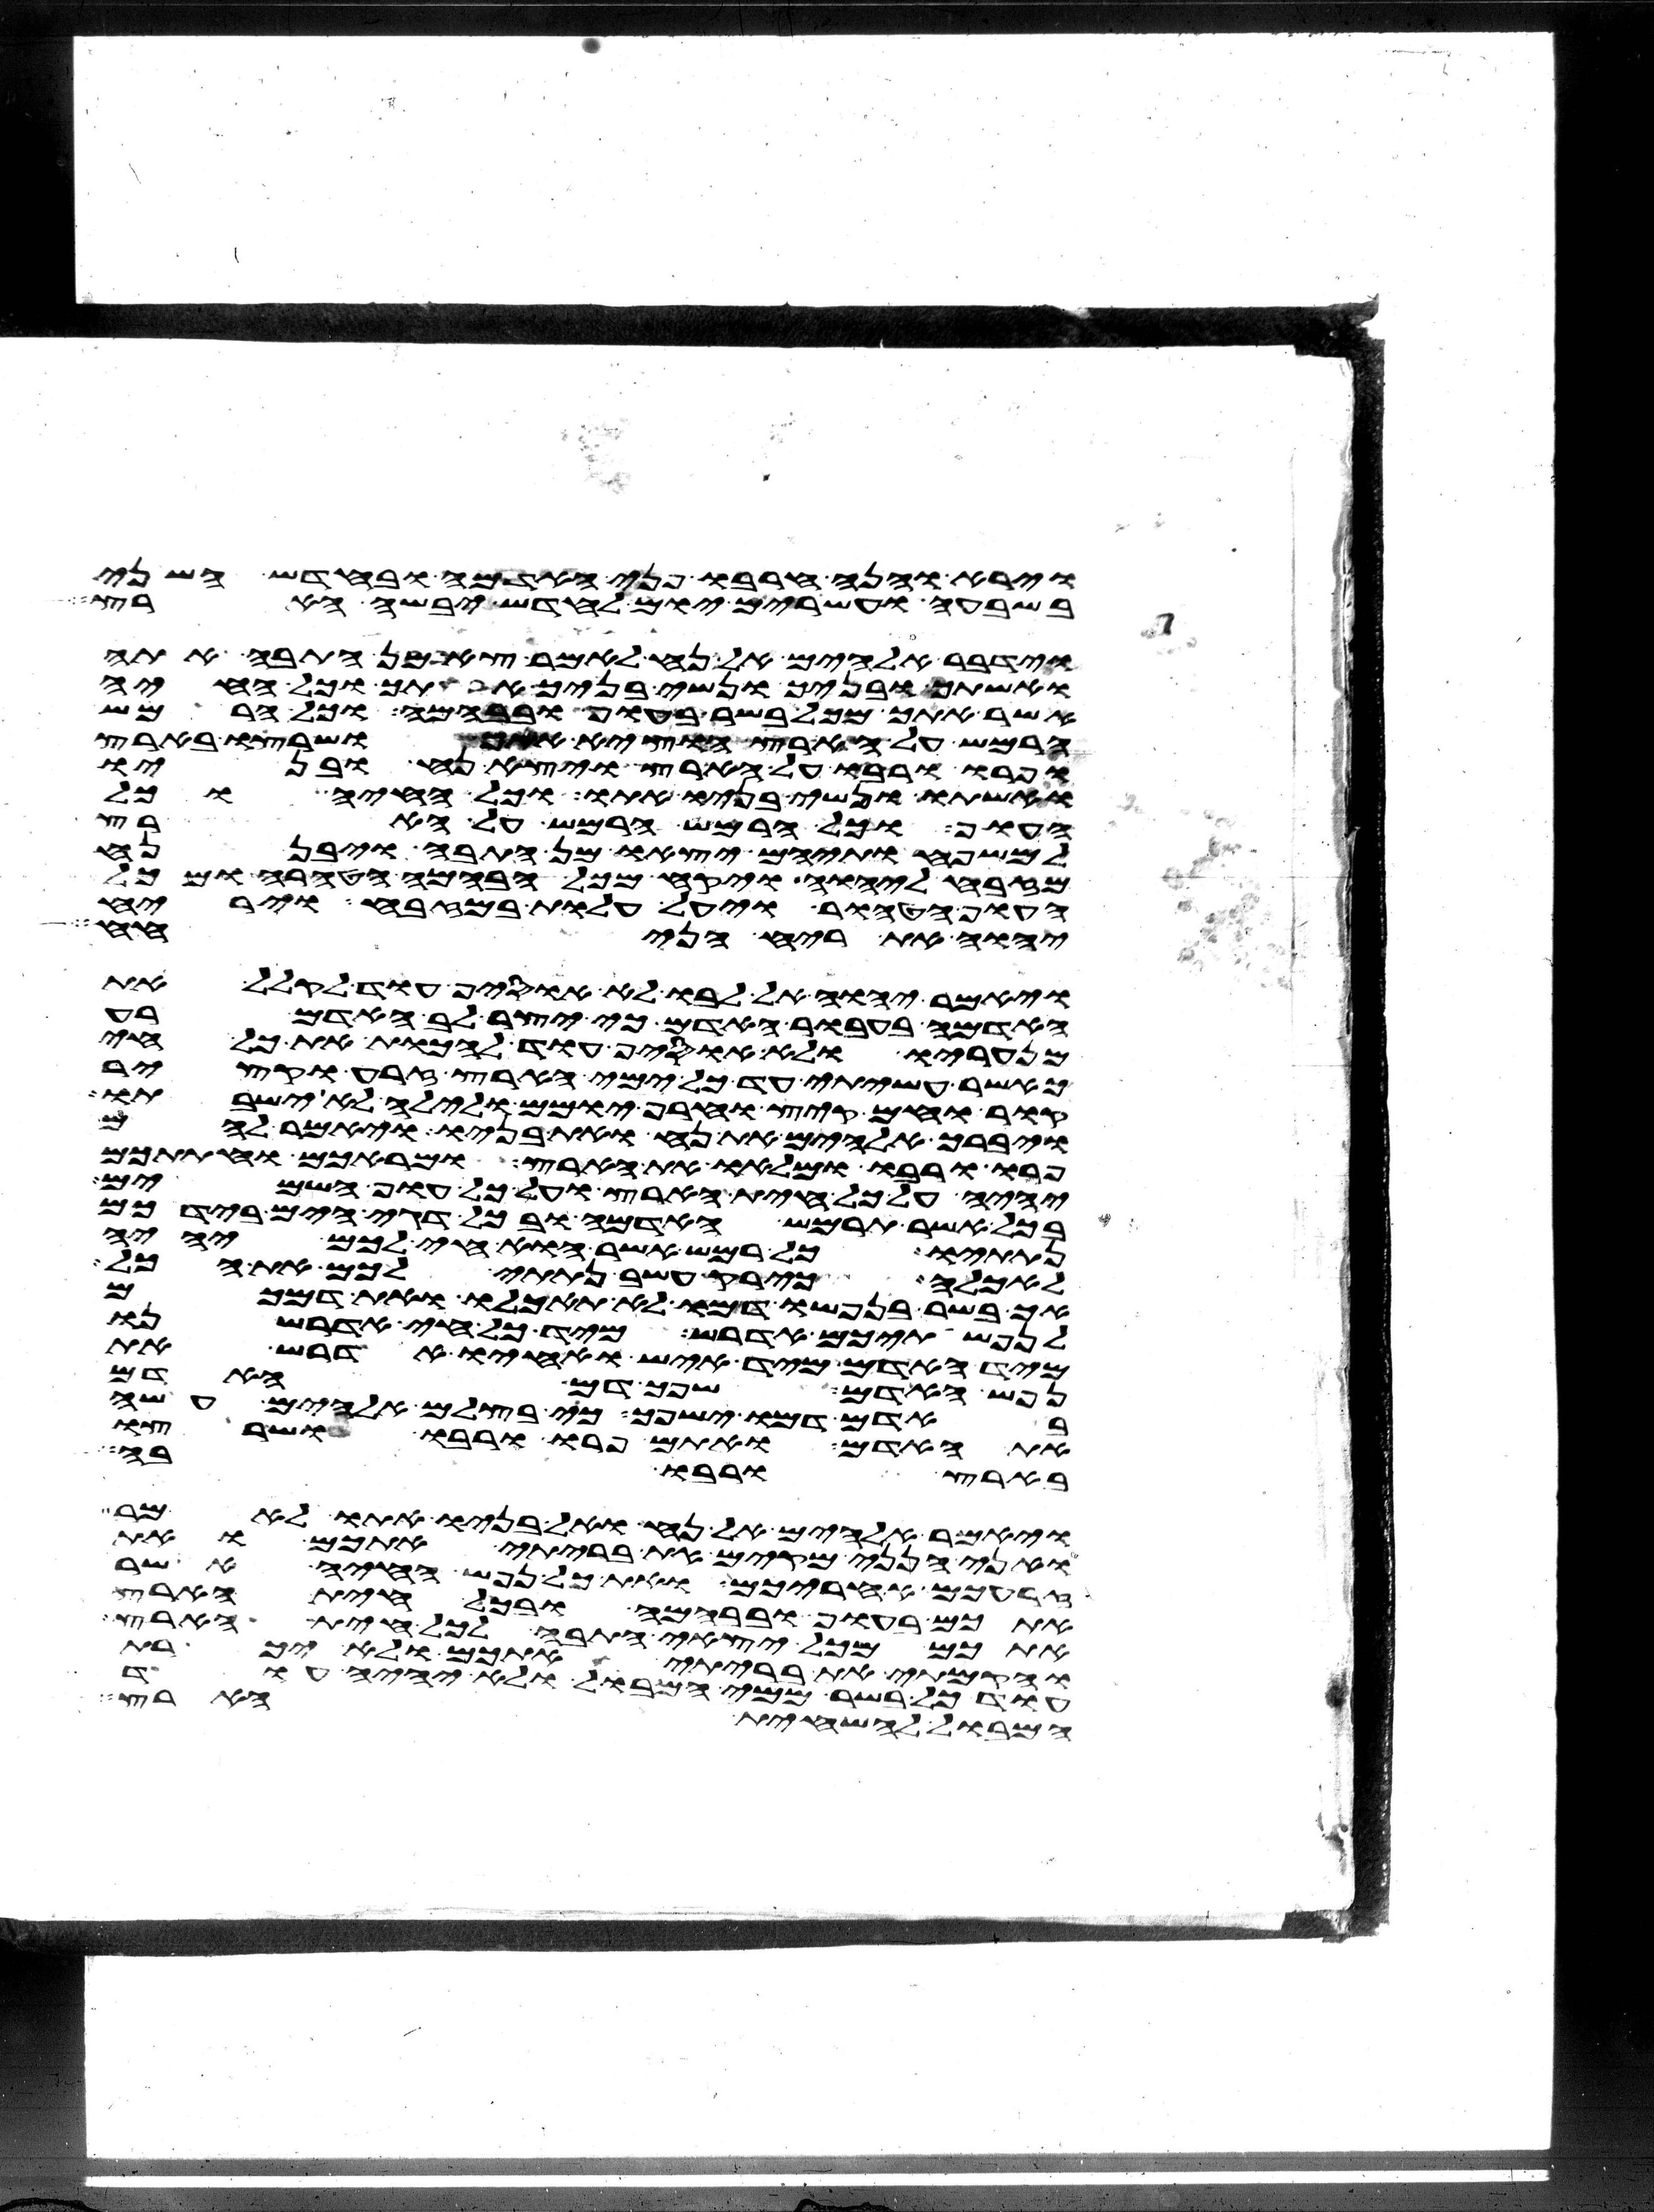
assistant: וירא והנה חרבו פני האדמה ובחדש השני
בשבעה ועשרים יום לחדש יבשה הארץ
וידבר אלהים אל נח לאמר צא מן התבה אתה
ואשתך ובניך ונשי בניך אתך וכל החיה
אשר אתך מכל בשר בעוף ובבהמה ובכל הרמש
הרמש על הארץ הוציא אתך ושרצו בארץ
ופרו ורבו על הארץ ויצא נח ובניו
ואשתו ונשי בניו אתו וכל החיה וכל
העוף וכל הרמש הרמש על הארץ
למשפחותיהם יצאו מן התבה ויבן נח
מזבח ליהוה ויקח מכל הבהמה הטהרה ומכל
העוף הטהור ויעל עלות במזבח וירח
יהוה את ריח הניחח
ויאמר יהוה אל לבו לא אוסיף עוד לקלל את
האדמה בעבור האדם כי יצר לב האדם רע
מנעריו ולא אוסיף עוד להכות את כל חי
כאשר עשיתי עד כל ימי הארץ זרע וקציר
קור וחם קיץ וחרף יומם ולילה לא ישבתו
ויברך אלהים את נח ואת בניו ויאמר להם
פרו ורבו ומלאו את הארץ ומראכם וחתתכם
יהיה על כל חית הארץ ועל כל עוף השמים
ובכל אשר תרמש האדמה ובכל דגי הים בידכם
נתתיו כל רמש אשר הוא חי לכם יהיה
לאכלה כירק עשב נתתי לכם את הכל
אך בשר בנפשו דמו לא תאכלו ואת דמכם
לנפשתיכם אדרש מיד כל חי אדרשנו
מיד האדם מיד איש ואחיו אדרש את
נפש האדם שפך דם האדם
באדם דמו ישפך כי בצלם אלהים עשה
את האדם ואתם פרו ורבו ושרצו
בארץ ורבו בה
ויאמר אלהים אל נח ואל בניו אתו לאמר
ואני הנני מקים את בריתי אתכם ואת
זרעכם אחריכם ואת כל נפש החיה אשר
אתכם בעוף ובבהמה ובכל חית הארץ
אתכם מכל יצאי התבה לכל חית הארץ
והקמתי את בריתי אתכם ולא יכרת
עוד כל בשר ממי המבול ולא יהיה עוד
המבול להשחית הארץ